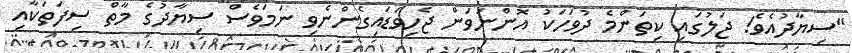
"ސިޔާދުއެވެ! ޖަލުގައި ކިތަންމެ ދުވަހަކު އޮންނަވަން ޖެހިވަޑައިގެންނެވި ނަމަވެސް ސިޔާދުގެ މާތް ސިފަތަކާއި